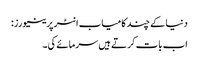
دنیا کے چند کامیاب انٹرپرینیورز:
اب بات کرتے ہیں سرمائے کی۔